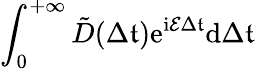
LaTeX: \int_{0}^{+\infty}\tilde{D}(\Delta\mathfrak{t})\mathrm{e}^{\mathrm{i}\mathcal{E}\Delta\mathfrak{t}}\mathrm{d}{\Delta\mathfrak{t}}